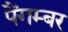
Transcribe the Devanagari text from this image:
पैंगम्‍बर